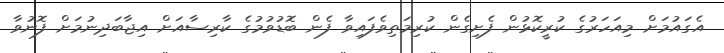
އެގައުމަށް މިއަހަރުގެ ކުރީކޮޅުން ފެށިގެން ކުރިމަތިވެފައިވާ ފެން ބޮޑުވުމުގެ ކާރިސާއަށް އިޖާބަދިނުމަށް ފޮނުވާ